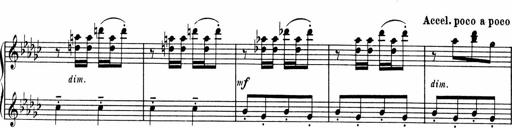
Title: Sonatine pour piano
Composer: Albert Roussel